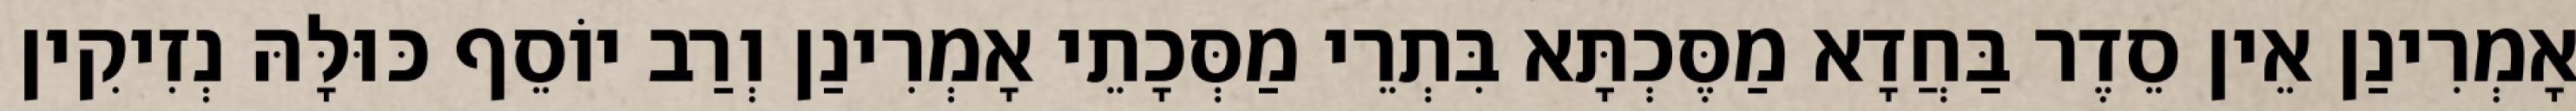
אָמְרִינַן אֵין סֵדֶר בַּחֲדָא מַסֶּכְתָּא בִּתְרֵי מַסְּכָתֵי אָמְרִינַן וְרַב יוֹסֵף כּוּלָּהּ נְזִיקִין